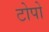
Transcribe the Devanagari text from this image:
टोपो